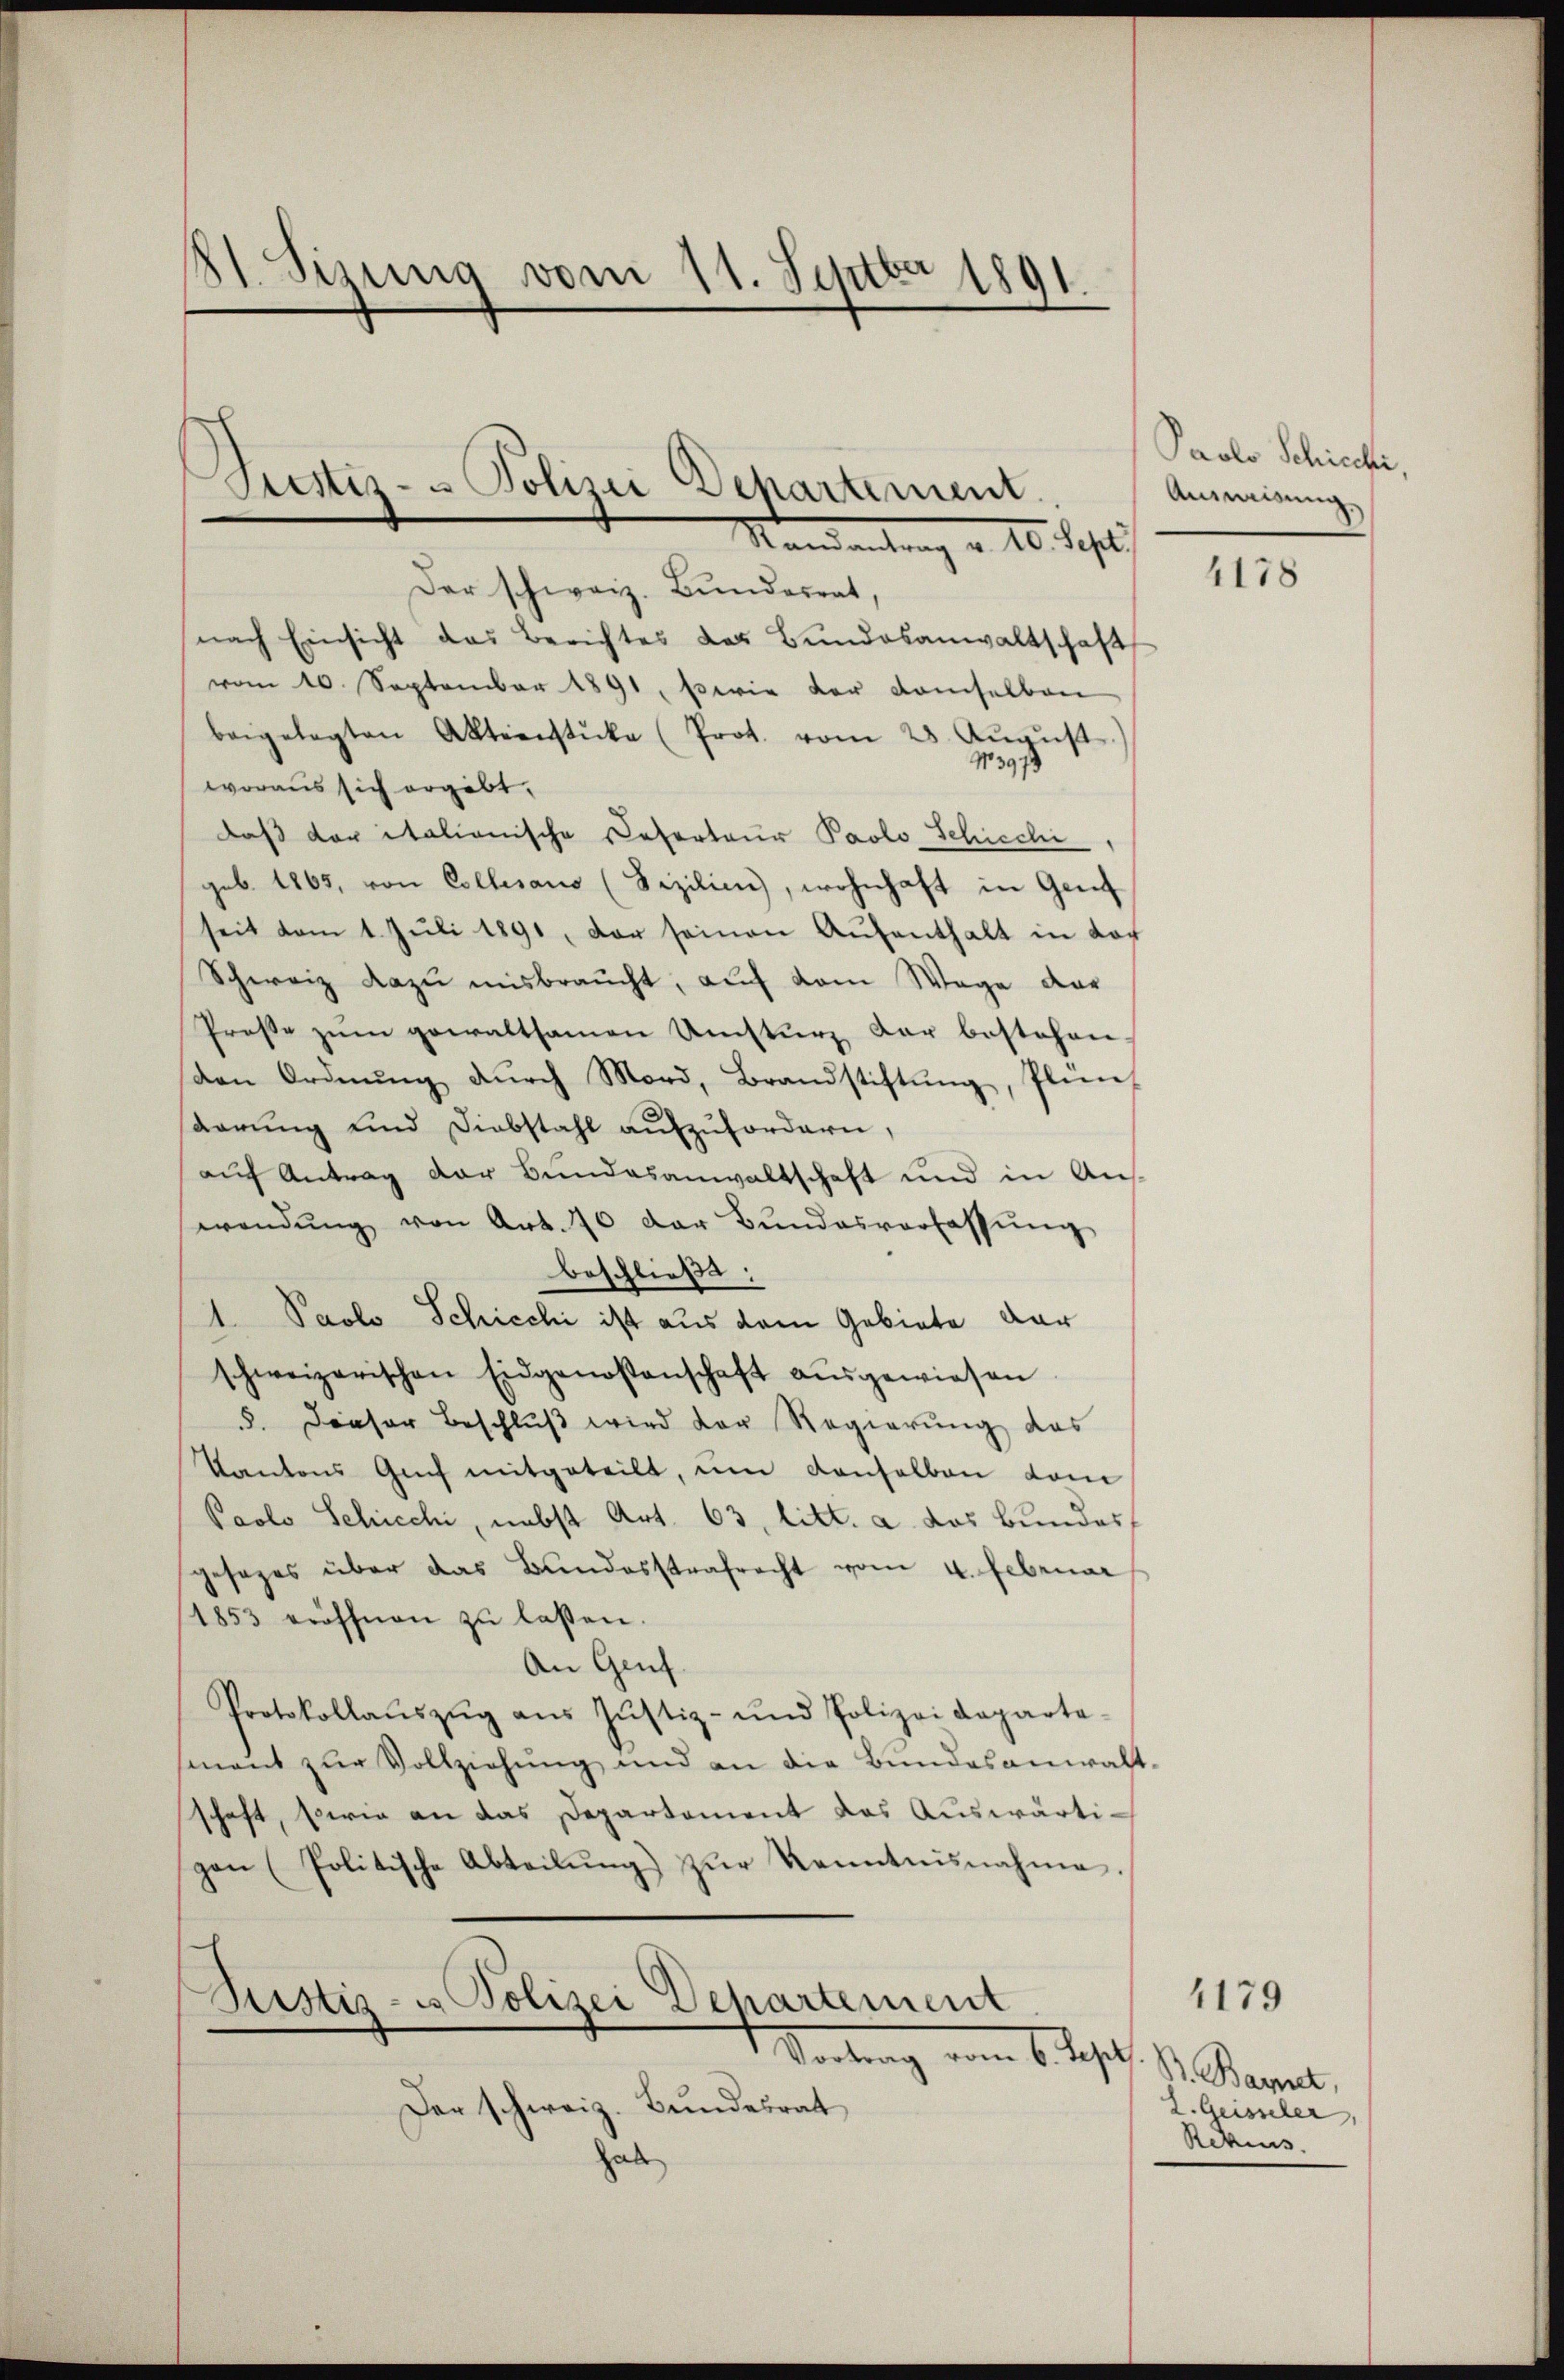
81. Sizung vom 11. Septbr 1891.

Justiz- & Polizei Departement.
Mandantung a. 10. Sept

Der schwarz. Bundesrat,
nach Einsicht das Berichtes des Bundesanwaltschaft
vom 10. September 1891, sowie der demselben
beigelegten Aktienstücke (Prot. vom 25. Aŭgŭst
woraus sich ergibt,
daß der italionische Deserteur Paolo Schische
geb. 1865, von Collesaus (Fizilien), wohnhaft in Genf
seit vom 1. Jŭli 1891, der seinen Aŭfenthalt in doch
Schweiz dazu misbraucht, auf dem Wege der
Proβe zŭm gewaltsamen Umsturz dar bestehen.
den Ordnŭng dŭrch Mord, Brandstiftŭng, Plun-
arrung und Diebstahl aufzufordern,
auf Antrag der Bundesanwaltschaft und in Ans
wendŭng von Art. 70 der Bŭndesverfassŭng
beschließt:
1. Paolo Schicchi ist aus dem Gebiete dar
schweizerischen Eidgenossenschaft aŭsgewiesen
5. Dieser Beschluß wird der Regierung das
Kantons Gŭch mitgeteilt, um Conselben dam
Paolo Schicchi, nebst Art. 63, litt. a das Bundes
gesages über das Bundesstrafrecht vom 4. Februar
1853 eröffnen zŭ lassen.
An Genf.
Protokollaŭszŭg aŭs Jŭstiz- und Polizeideparte-
mant zur Vollziehung und an die Bundesanwalt-
schaft, sowie an das Departement das Auswärtigen (Politische Abteilŭng zŭr Kenntnisnahme.
Justiz- & Polizei Departement
Vertrag vom 16. Jahrh
Der schweiz. Bundesrat
hab

Paolo Schicchi,
Ausweisung

4178

Br. Baret,
2. Geisseler,
Rekurs.

1179